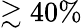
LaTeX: \gtrsim 40\%